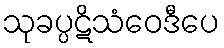
သုခပ္ပဋိသံဝေဒီပေ